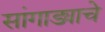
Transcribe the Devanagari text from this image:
सांगाड्याचे